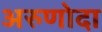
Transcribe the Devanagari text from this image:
अरुणोदा